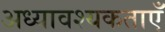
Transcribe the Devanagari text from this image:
अध्यावश्यकताएँ